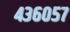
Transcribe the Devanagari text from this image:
४३६०५७